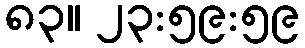
၈၃။ ၂၃:၅၉:၅၉